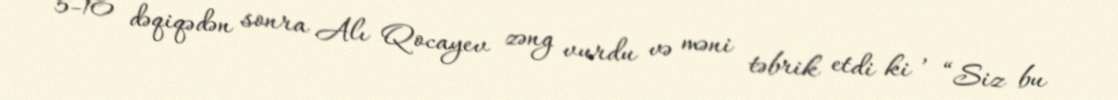
5-10 dəqiqədən sonra Alı Qocayev zəng vurdu və məni təbrik etdi ki , “Siz bu